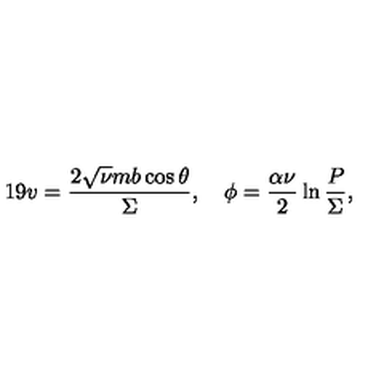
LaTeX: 1 9 v = \frac { 2 \sqrt { \nu } m b \cos \theta } { \Sigma } , \quad \phi = \frac { \alpha \nu } { 2 } \ln \frac { P } { \Sigma } ,